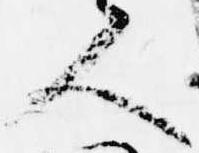
人